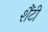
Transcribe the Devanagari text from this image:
शैंटी